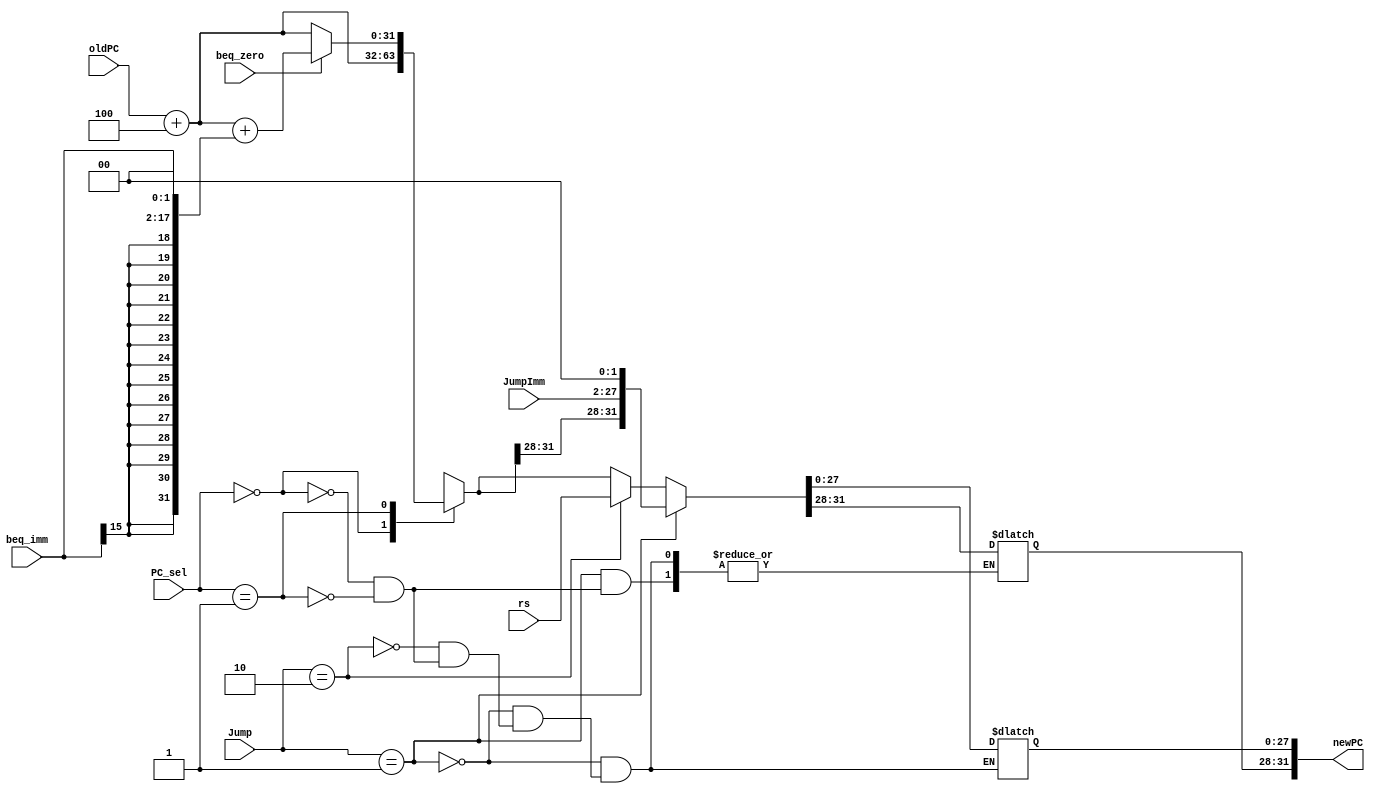
`ifndef _NPC_V_
`define _NPC_V_

module npc(
           input [31: 0] oldPC,
           input [15: 0] beq_imm,
           input [25: 0] JumpImm,
           input beq_zero,
           input [1: 0] PC_sel,
           input [1: 0] Jump,
           input [31: 0] rs,
           output reg [31: 0] newPC
       );

always @(oldPC or beq_imm or beq_zero or PC_sel or Jump) begin
    case (PC_sel)
        2'b00:
            newPC = oldPC + 4;
        2'b01:
            if (beq_zero == 1)
                newPC = oldPC + 4 + {{14{beq_imm[15]}}, beq_imm[15: 0], 2'b00}; //beq
            else
                newPC = oldPC + 4;
    endcase
    if (Jump == 1) begin
        newPC = { newPC[31:28], JumpImm[25:0], 2'b00 };
    end
    else if (Jump == 2) begin
        newPC = rs;
    end

end

endmodule

`endif